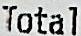
TOTAL